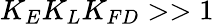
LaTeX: K_{E}K_{L}K_{FD}>>1